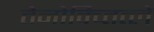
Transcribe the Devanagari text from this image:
तेनोक्च्तित्लें